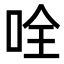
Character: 𠱴